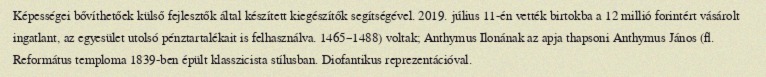
Képességei bővíthetőek külső fejlesztők által készített kiegészítők segítségével. 2019. július 11-én vették birtokba a 12 millió forintért vásárolt ingatlant, az egyesület utolsó pénztartalékait is felhasználva. 1465–1488) voltak; Anthymus Ilonának az apja thapsoni Anthymus János (fl. Református temploma 1839-ben épült klasszicista stílusban. Diofantikus reprezentációval.